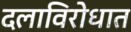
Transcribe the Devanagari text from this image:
दलाविरोधात